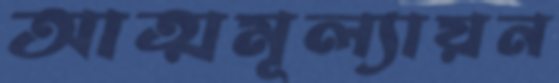
আত্মমূল্যায়ন